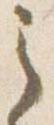
之